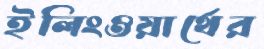
ইলিংওয়ার্থের